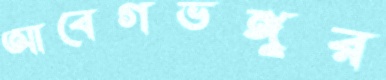
আবেগভঙ্গুর